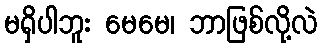
မရှိပါဘူး မေမေ၊ ဘာဖြစ်လို့လဲ